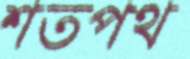
শতপথ